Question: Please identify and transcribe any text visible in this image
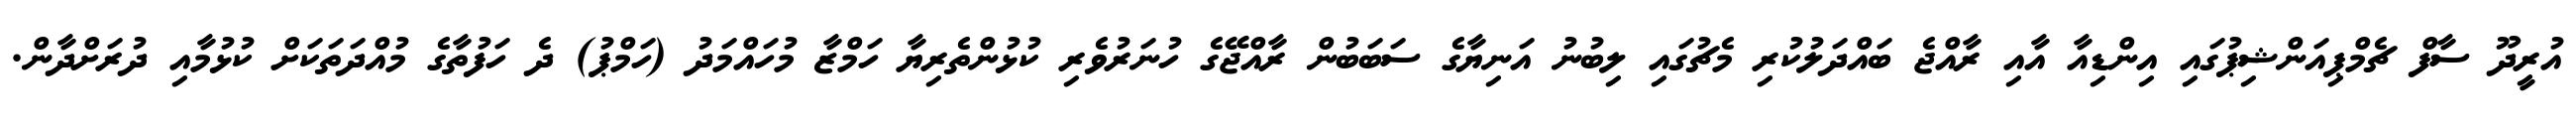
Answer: އުރީދޫ ސާފް ޗެމްޕިއަންޝިޕުގައި އިންޑިއާ އާއި ރާއްޖެ ބައްދަލުކުރި މެޗުގައި ލިބުނު އަނިޔާގެ ސަބަބުން ރާއްޖޭގެ ހުނަރުވެރި ކުޅުންތެރިޔާ ހަމްޒާ މުހައްމަދު (ހަމްޕު) ދެ ހަފުތާގެ މުއްދަތަކަށް ކުޅުމާއި ދުރަށްދާން.